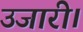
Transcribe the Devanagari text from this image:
उजारी।